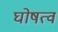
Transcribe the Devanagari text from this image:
घोषत्व